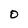
Character: O